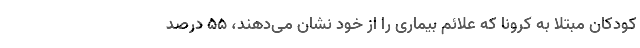
کودکان مبتلا به کرونا که علائم بیماری را از خود نشان می‌دهند، ۵۵ درصد